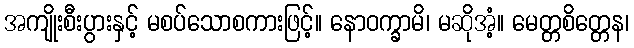
အကျိုးစီးပွားနှင့် မစပ်သောစကားဖြင့်။ နောဝက္ခာမိ၊ မဆိုအံ့။ မေတ္တစိတ္တေန၊